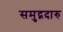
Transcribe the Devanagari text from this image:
समुद्गदारु